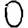
Digit: 0